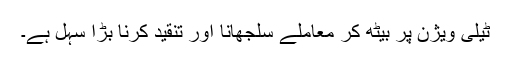
ٹیلی ویژن پر بیٹھ کر معاملے سلجھانا اور تنقید کرنا بڑا سہل ہے۔